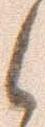
候